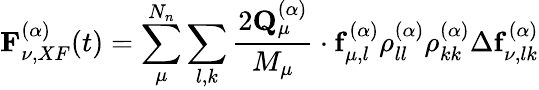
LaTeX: \mathbf{F}_{\nu,XF}^{(\alpha)}(t)=\sum_{\mu}^{N_{n}}\sum_{l,k}\frac{2\mathbf{Q}_{\mu}^{(\alpha)}}{M_{\mu}}\cdot\mathbf{f}_{\mu,l}^{(\alpha)}\rho_{ll}^{(\alpha)}\rho_{kk}^{(\alpha)}\Delta\mathbf{f}_{\nu,lk}^{(\alpha)}